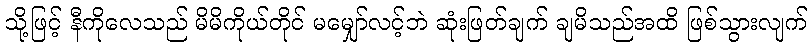
သို့ဖြင့် နီကိုလေသည် မိမိကိုယ်တိုင် မမျှော်လင့်ဘဲ ဆုံးဖြတ်ချက် ချမိသည်အထိ ဖြစ်သွားလျက်